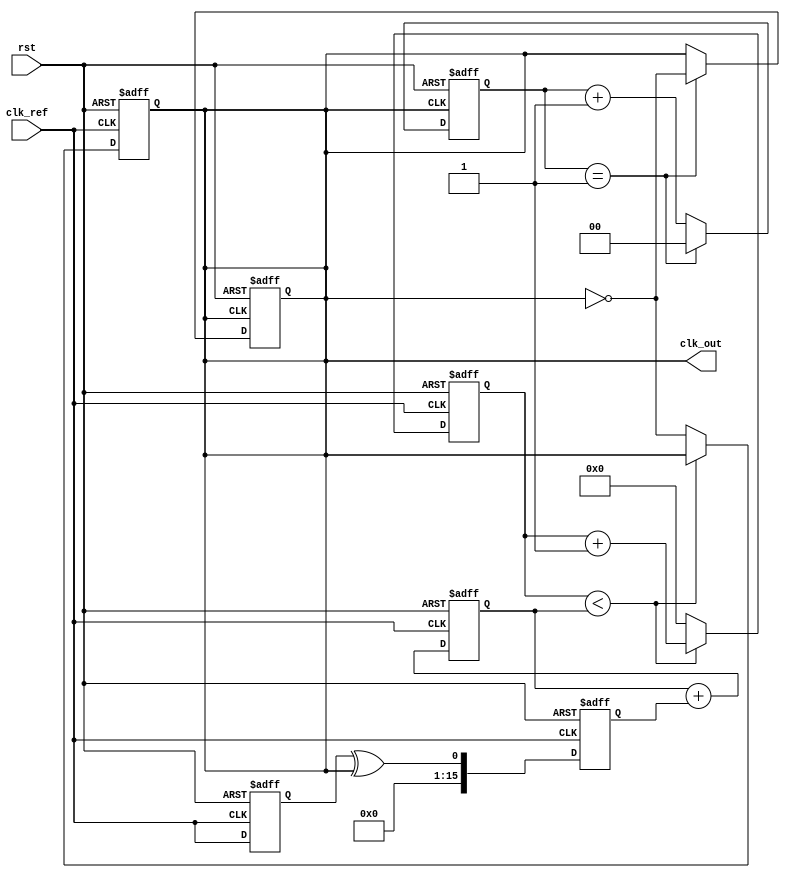
module ParameterizedPLL #(
    parameter F_REF = 100,      // Reference clock frequency in MHz
    parameter F_OUT = 200,      // Desired output frequency in MHz
    parameter N = F_OUT / F_REF // Division ratio
)(
    input wire clk_ref,         // Reference clock input
    input wire rst,             // Reset signal
    output reg clk_out          // Output clock
);

    // Phase Detector - Simple XOR-based PD for example purpose
    reg clk_ref_d;
    reg pd_out; // Phase Detector output
    wire pd_error;

    always @(posedge clk_ref or posedge rst) begin
        if (rst) begin
            clk_ref_d <= 0;
        end else begin
            clk_ref_d <= clk_ref; // Register the reference clock
        end
    end

    assign pd_error = clk_ref_d ^ clk_out; // XOR for phase detection

    // Loop Filter - Simple Low Pass Filter (1st order)
    reg [15:0] error_signal; // Error signal from PD
    reg [15:0] control_voltage; // Control voltage for VCO

    always @(posedge clk_ref or posedge rst) begin
        if (rst) begin
            error_signal <= 0;
            control_voltage <= 0;
        end else begin
            error_signal <= {15'b0, pd_error}; // Update error signal
            control_voltage <= control_voltage + error_signal; // Simple integration
        end
    end

    // Voltage-Controlled Oscillator (VCO)
    reg [15:0] vco_counter; // VCO counter for output frequency
    always @(posedge clk_ref or posedge rst) begin
        if (rst) begin
            vco_counter <= 0;
            clk_out <= 0;
        end else if (vco_counter < control_voltage) begin
            vco_counter <= vco_counter + 1;
        end else begin
            vco_counter <= 0;
            clk_out <= ~clk_out; // Toggle output clock
        end
    end

    // Divider - Simple Clock Divider
    reg [N-1:0] div_counter; // Divider counter
    reg clk_out_div;

    always @(posedge clk_out or posedge rst) begin
        if (rst) begin
            div_counter <= 0;
            clk_out_div <= 0;
        end else begin
            if (div_counter == (N-1)) begin
                div_counter <= 0;
                clk_out_div <= ~clk_out_div; // Toggle divided clock
            end else begin
                div_counter <= div_counter + 1;
            end
        end
    end

    // Assign divided clock to output
    assign clk_out = clk_out_div;

endmodule